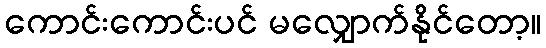
ကောင်းကောင်းပင် မလျှောက်နိုင်တော့။